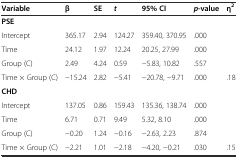
<table><thead><tr><td><b>Variable</b></td><td><b>β</b></td><td><b>SE</b></td><td><b><i>t</i></b></td><td><b>95% CI</b></td><td><b><i>p</i>-value</b></td><td><b>η<sup>2</sup></b></td></tr></thead><tbody><tr><td><b>PSE</b></td><td></td><td></td><td></td><td></td><td></td><td></td></tr><tr><td>Intercept</td><td>365.17</td><td>2.94</td><td>124.27</td><td>359.40, 370.95</td><td>.000</td><td></td></tr><tr><td>Time</td><td>24.12</td><td>1.97</td><td>12.24</td><td>20.25, 27.99</td><td>.000</td><td></td></tr><tr><td>Group (C)</td><td>2.49</td><td>4.24</td><td>0.59</td><td>-5.83, 10.82</td><td>.557</td><td></td></tr><tr><td>Time × Group (C)</td><td>-15.24</td><td>2.82</td><td>-5.41</td><td>-20.78, -9.71</td><td>.000</td><td>.18</td></tr><tr><td><b>CHD</b></td><td></td><td></td><td></td><td></td><td></td><td></td></tr><tr><td>Intercept</td><td>137.05</td><td>0.86</td><td>159.43</td><td>135.36, 138.74</td><td>.000</td><td></td></tr><tr><td>Time</td><td>6.71</td><td>0.71</td><td>9.49</td><td>5.32, 8.10</td><td>.000</td><td></td></tr><tr><td>Group (C)</td><td>-0.20</td><td>1.24</td><td>-0.16</td><td>-2.63, 2.23</td><td>.874</td><td></td></tr><tr><td>Time × Group (C)</td><td>-2.21</td><td>1.01</td><td>-2.18</td><td>-4.20, -0.21</td><td>.030</td><td>.15</td></tr></tbody></table>